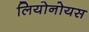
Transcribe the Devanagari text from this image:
लियोनोयस